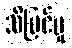
သိမြင်မှု